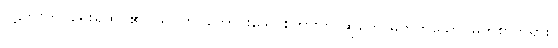
ပဋိဘာတိ၊ ရှေးရှုထင်၏။ သုဂတ၊ ကောင်းသောစကားကို ဆိုတော်မူတတ်သော မြတ်စွာဘုရား။